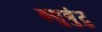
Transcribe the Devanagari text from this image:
क्सुबुंटु